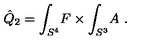
\hat { Q } _ { 2 } = \int _ { S ^ { 4 } } \! F \times \int _ { S ^ { 3 } } \! A \ .